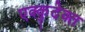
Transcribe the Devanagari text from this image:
एक्कुदेक्त